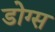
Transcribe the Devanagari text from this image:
डोग्स